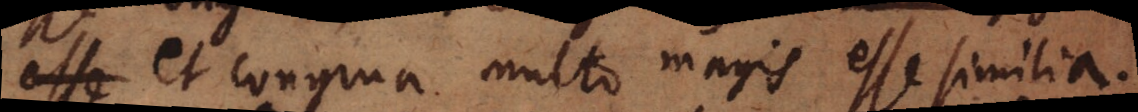
esse et congrua multo magis esse similia.